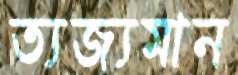
ত্যজ্যমান